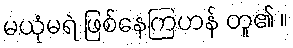
မယုံမရဲ ဖြစ်နေကြဟန် တူ၏ ။